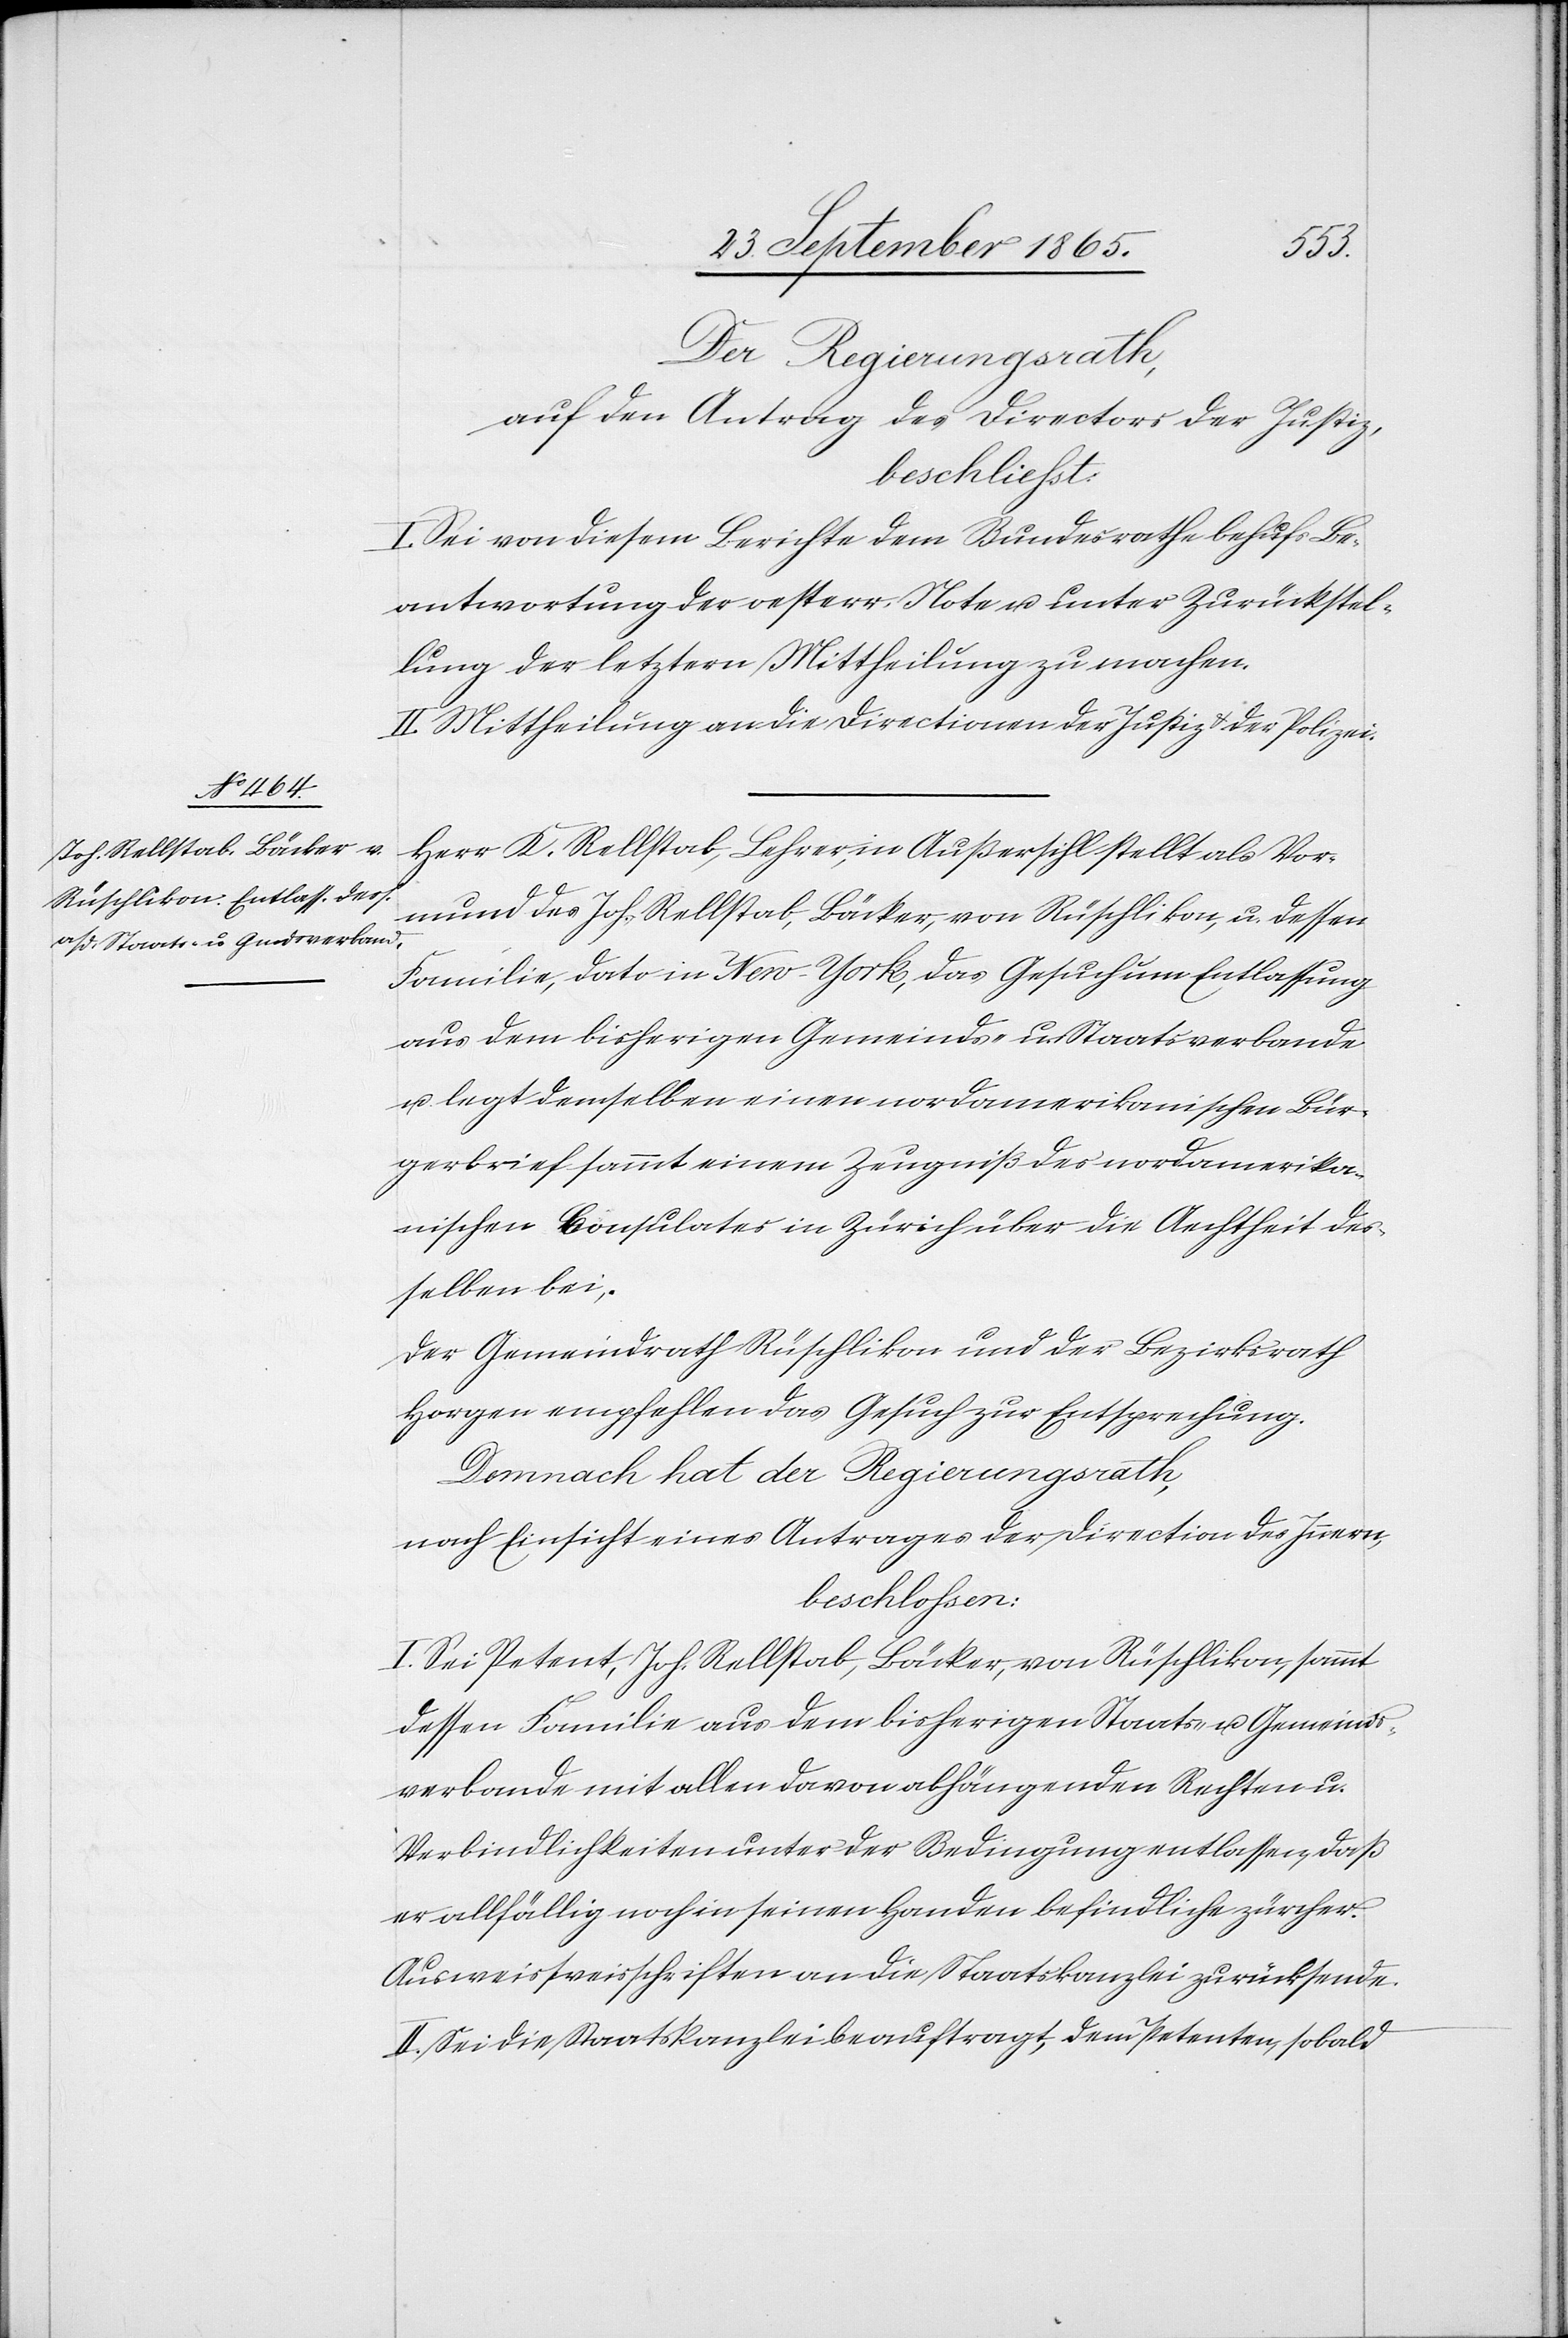
Der Regierungsrath,
auf den Antrag des Directors der Justiz,
beschliesst:
I. Sei von diesem Berichte dem Bundesrathe behufs Be¬
antwortung der oesterr. Note u. unter Zurückstel¬
lung der letztern Mittheilung zu machen.
II. Mittheilung an die Directionen der Justiz u. der Polizei.
Herr K. Rellstab, Lehrer, in Außersihl stellt als Vor¬
mund des Joh. Rellstab, Bäcker, von Rüschlikon, u. dessen
Familie, dato in New-York, das Gesuch um Entlassung
aus dem bisherigen Gemeinds- u. Staatsverbande
u. legt demselben einen nordamerikanischen Bür¬
gerbrief sammt einem Zeugniß des nordamerika¬
nischen Consulates in Zürich über die Aechtheit des¬
selben bei.
Der Gemeindrath Rüschlikon und der Bezirksrath
Horgen empfehlen das Gesuch zur Entsprechung.
Demnach hat der Regierungsrath,
nach Einsicht eines Antrages der Direction des Innern,
beschlossen:
I. Sei Petent, Joh. Rellstab, Bäcker, von Rüschlikon, sammt
dessen Familie aus dem bisherigen Staats- u. Gemeinds¬
verbande mit allen davon abhängenden Rechten u.
Verbindlichkeiten unter der Bedingung entlassen, daß
er allfällig noch in seinen Handen befindliche zürcher.
Ausweisweisschriften [sic!] an die Staatskanzlei zurücksende.
II. Sei die Staatskanzlei beauftragt, dem Petenten, sobald